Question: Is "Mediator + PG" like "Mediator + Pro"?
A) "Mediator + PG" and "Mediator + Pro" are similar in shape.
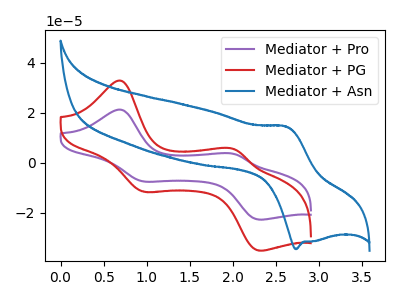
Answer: <think>The purple curve "Mediator + Pro" has anodic peaks at (0.70V, 21.15uA) (2.00V, 3.55uA) and cathodic peaks at (0.95V, -7.50uA) (2.30V, -22.65uA). The red curve "Mediator + PG" has anodic peaks at (0.70V, 32.70uA) (2.00V, 5.45uA) and cathodic peaks at (0.95V, -11.55uA) (2.30V, -35.00uA). The blue curve "Mediator + Asn" has an anodic peak at (2.60V, 14.40uA) and a cathodic peak at (2.75V, -34.45uA).
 All the peaks in "Mediator + PG" have a peak in "Mediator + Pro" at the same potential. Every peak in "Mediator + PG" is higher than every peak in "Mediator + Pro".</think>
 <answer>A) "Mediator + PG" and "Mediator + Pro" are similar in shape.</answer>
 <eval>A</eval>